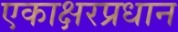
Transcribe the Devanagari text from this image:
एकाक्षरप्रधान